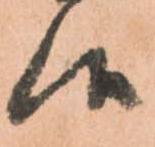
候